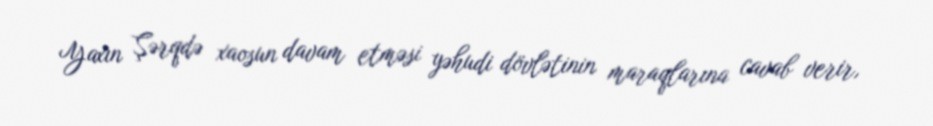
Yaxın Şərqdə xaosun davam etməsi yəhudi dövlətinin maraqlarına cavab verir,